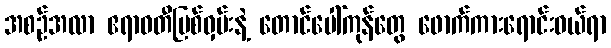
အစဉ်အလာ ဧရာဝတီမြစ်ဝှမ်းနဲ့ တောင်ပေါ်ကုန်တွေ ဖောက်ကားရောင်းဝယ်ရာ